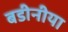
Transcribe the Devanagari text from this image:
बडीनीया